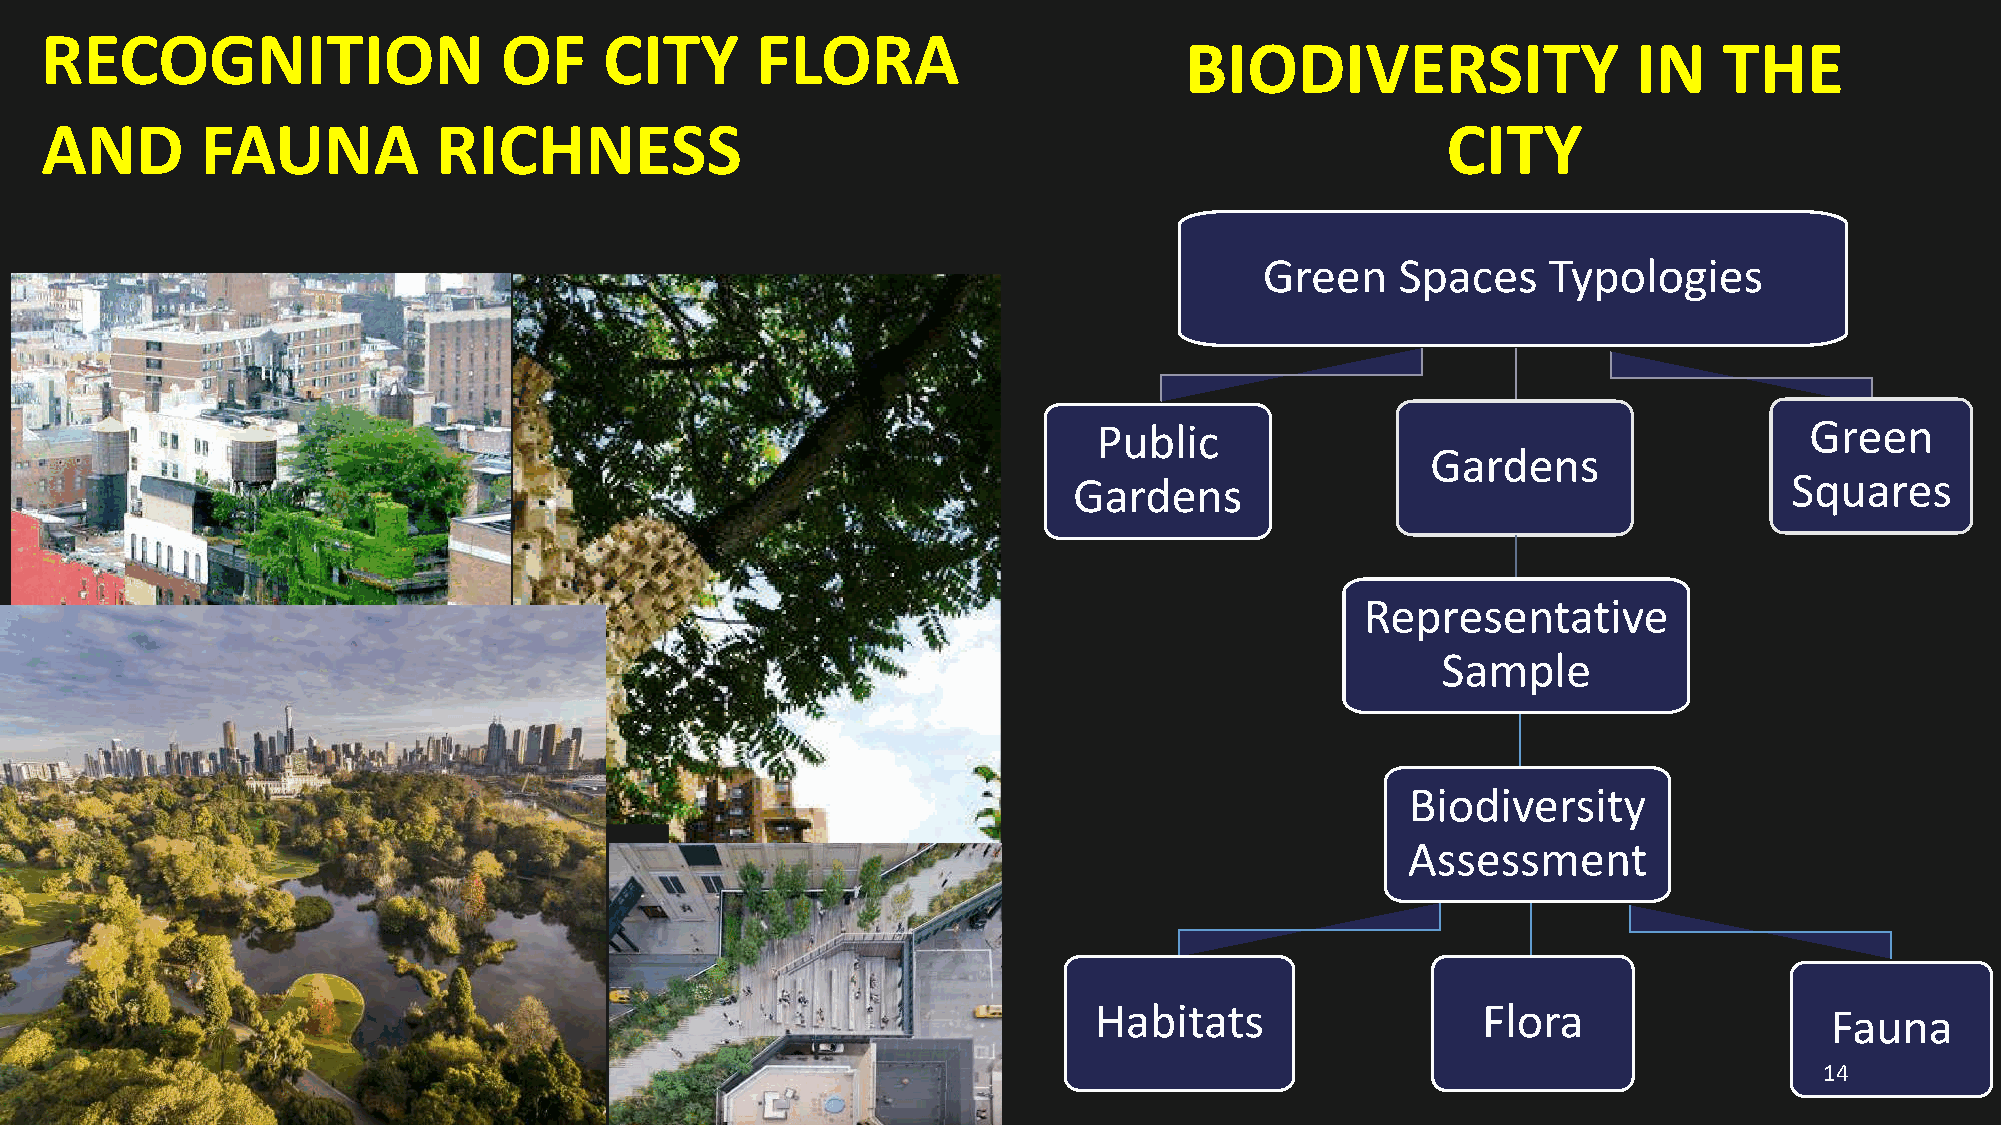
RECOGNITION                   OF     CITY      FLORA
 BIODIVERSITY                  IN    THE
 AND       FAUNA           RICHNESS                                                           CITY
 Green    Spaces   Typologies
 Public                                         Green
 Gardens
 Gardens                                         Squares
 Representative
 Sample
 Biodiversity
 Assessment
 Habitats                  Flora                  Fauna
 14